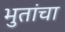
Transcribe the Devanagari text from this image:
भुतांचा